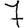
Digit: 7